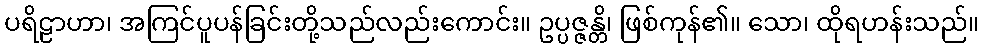
ပရိဠာဟာ၊ အကြင်ပူပန်ခြင်းတို့သည်လည်းကောင်း။ ဥပ္ပဇ္ဇန္တိ၊ ဖြစ်ကုန်၏။ သော၊ ထိုရဟန်းသည်။